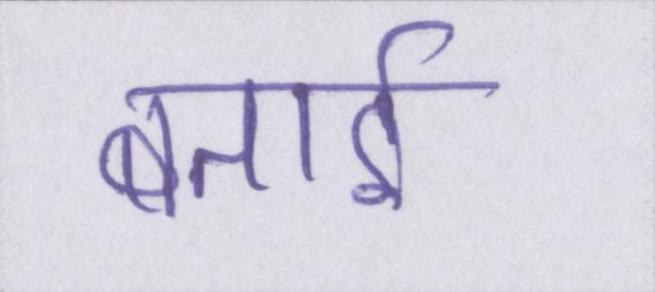
बताई